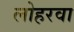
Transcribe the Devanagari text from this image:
लोहरवा